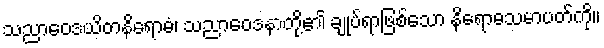
သညာဝေဒယိတနိရောဓံ၊ သညာဝေဒနာတို့၏ ချုပ်ရာဖြစ်သော နိရောဓသမာပတ်ကို။